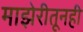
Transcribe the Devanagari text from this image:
माझेरीतूनही